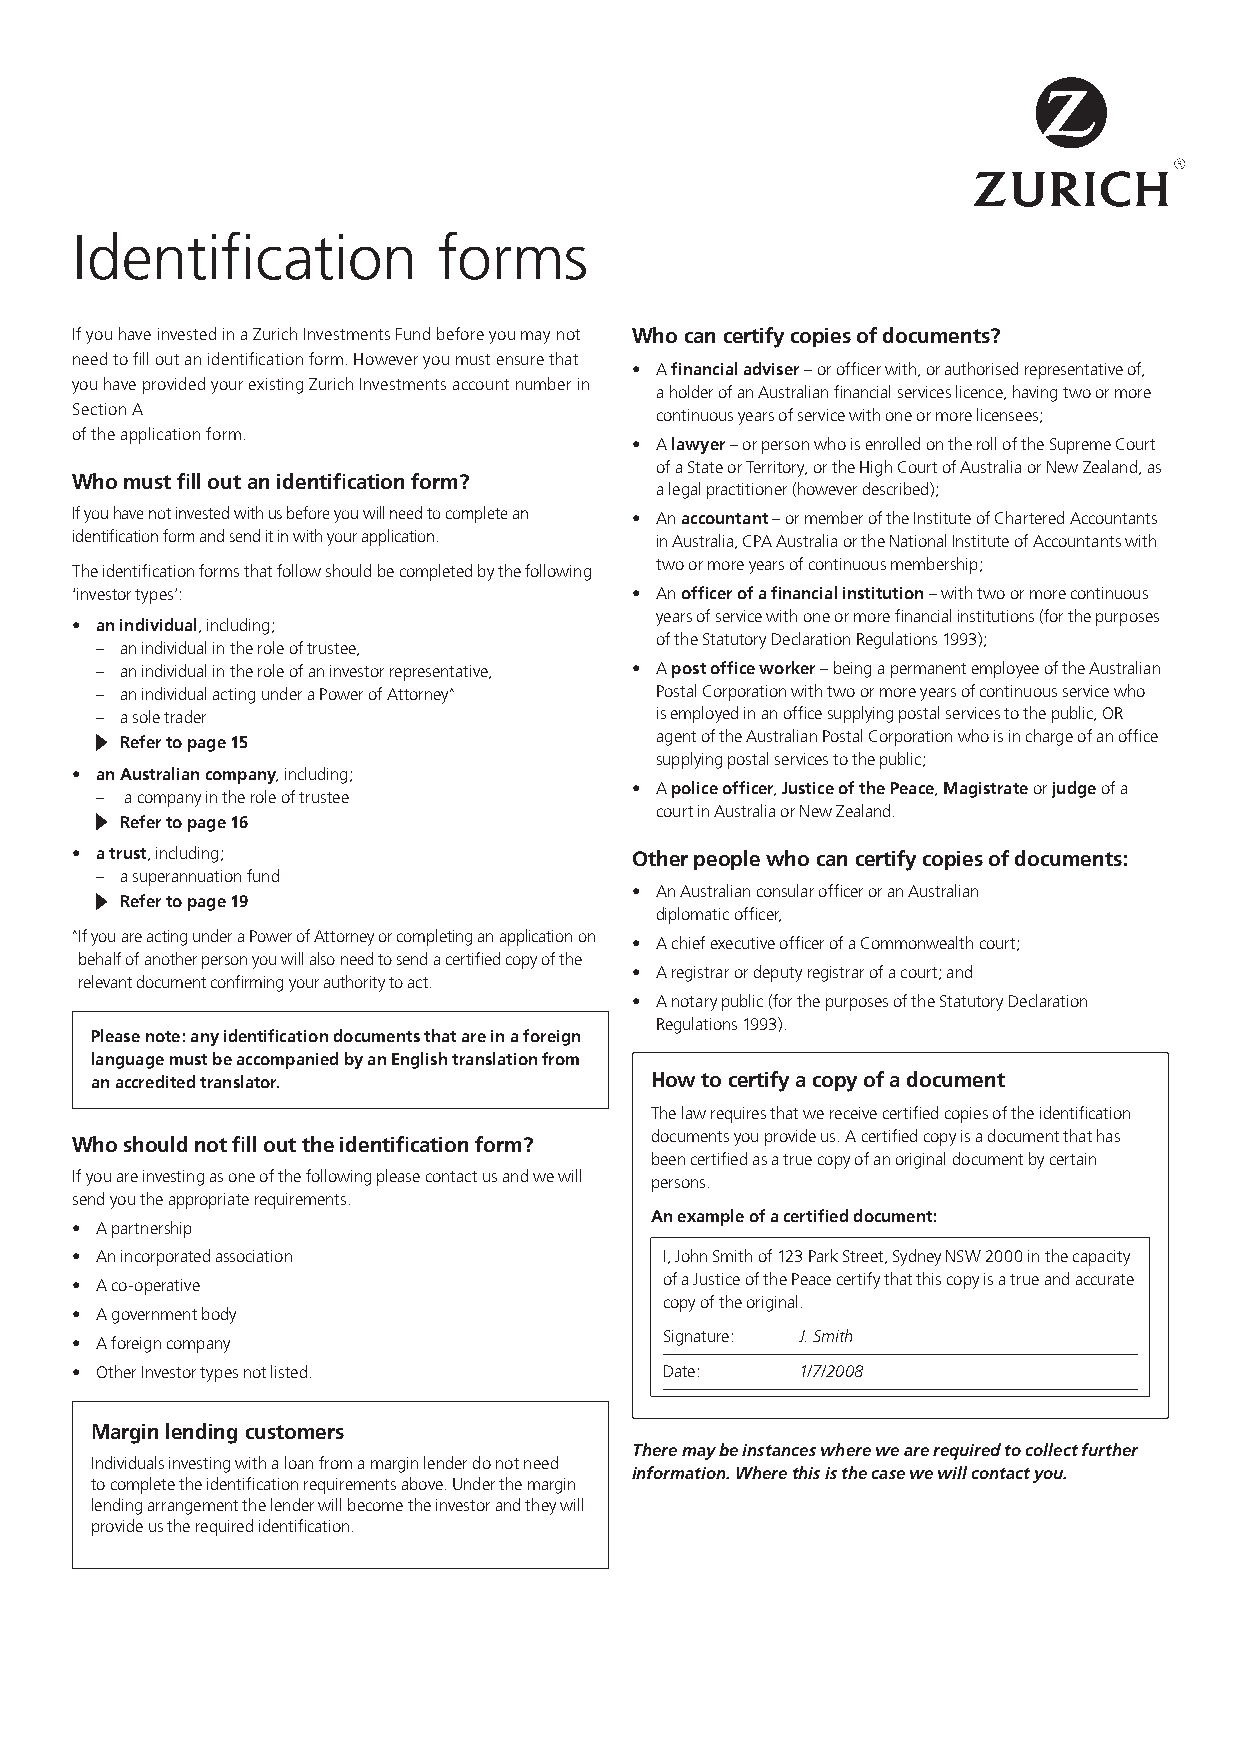
Identification          forms
 If you have invested in a Zurich Investments Fund before you may not Who can certify copies of documents?
 need to fill out an identification form. However you must ensure that
 • A financial adviser – or officer with, or authorised representative of,
 you have provided your existing Zurich Investments account number in
 a holder of an Australian financial services licence, having two or more
 Section A                             continuous years of service with one or more licensees;
 of the application form.
 • A lawyer – or person who is enrolled on the roll of the Supreme Court
 of a State or Territory, or the High Court of Australia or New Zealand, as
 Who must fill out an identification form?
 a legal practitioner (however described);
 If you have not invested with us before you will need to complete an • An accountant – or member of the Institute of Chartered Accountants
 identification form and send it in with your application. in Australia, CPA Australia or the National Institute of Accountants with
 two or more years of continuous membership;
 The identification forms that follow should be completed by the following
 ‘investor types’:                    • An officer of a financial institution – with two or more continuous
 years of service with one or more financial institutions (for the purposes
 • an individual, including;
 of the Statutory Declaration Regulations 1993);
 – an individual in the role of trustee,
 – an individual in the role of an investor representative, • A post office worker – being a permanent employee of the Australian
 – an individual acting under a Power of Attorney^ Postal Corporation with two or more years of continuous service who
 – a sole trader                      is employed in an office supplying postal services to the public, OR
 Refer to page 15                   agent of the Australian Postal Corporation who is in charge of an office
 supplying postal services to the public;
 • an Australian company, including;
 • A police officer, Justice of the Peace, Magistrate or judge of a
 – a company in the role of trustee
 court in Australia or New Zealand.
 Refer to page 16
 • a trust, including;                Other people who can certify copies of documents:
 – a superannuation fund
 • An Australian consular officer or an Australian
 Refer to page 19
 diplomatic officer,
 ^ If you are acting under a Power of Attorney or completing an application on
 • A chief executive officer of a Commonwealth court;
 behalf of another person you will also need to send a certified copy of the
 • A registrar or deputy registrar of a court; and
 relevant document confirming your authority to act.
 • A notary public (for the purposes of the Statutory Declaration
 Regulations 1993).
 Please note: any identification documents that are in a foreign
 language must be accompanied by an English translation from
 an accredited translator.            How to certify a copy of a document
 The law requires that we receive certified copies of the identification
 documents you provide us. A certified copy is a document that has
 Who should not fill out the identification form?
 been certified as a true copy of an original document by certain
 If you are investing as one of the following please contact us and we will persons.
 send you the appropriate requirements.
 An example of a certified document:
 • A partnership
 • An incorporated association          I, John Smith of 123 Park Street, Sydney NSW 2000 in the capacity
 of a Justice of the Peace certify that this copy is a true and accurate
 • A co-operative
 copy of the original.
 • A government body
 Signature: J. Smith
 • A foreign company
 • Other Investor types not listed.     Date:    1/7/2008
 Margin lending customers
 There may be instances where we are required to collect further
 Individuals investing with a loan from a margin lender do not need
 information. Where this is the case we will contact you.
 to complete the identification requirements above. Under the margin
 lending arrangement the lender will become the investor and they will
 provide us the required identification.